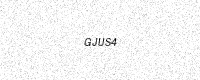
Text: GJUS4